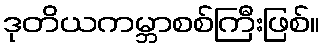
ဒုတိယကမ္ဘာစစ်ကြီးဖြစ်။